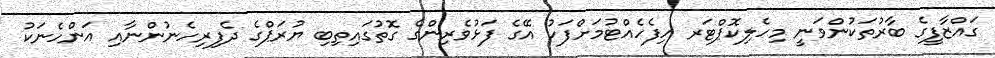
ގައްޒާފީގެ ބާރުތަކުންވަނީ މިހެލިކޮޕްޓަރ ހިފެހެއްޓުމަށްފަހު އޭގެ ފަޅުވެރިންގެ ގޮތުގައިތިބި ޔުރަޕްގެ ދެފިރިހެނުންނާއި އަންހެނަކު